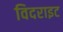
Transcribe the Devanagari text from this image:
विदराइट